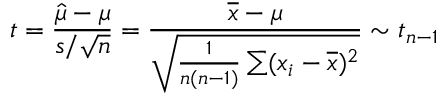
t = { \frac { { \hat { \mu } } - \mu } { s / { \sqrt { n } } } } = { \frac { { \overline { { x } } } - \mu } { \sqrt { { \frac { 1 } { n ( n - 1 ) } } \sum ( x _ { i } - { \overline { { x } } } ) ^ { 2 } } } } \sim t _ { n - 1 }